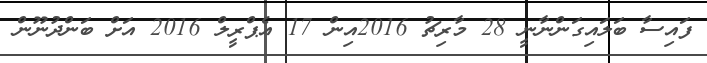
ފައިސާ ބަލައިގަންނާނީ 28 މާރިޗު 2016އިން 17 އެޕްރީލް 2016 އަށް ބަންދުނޫން